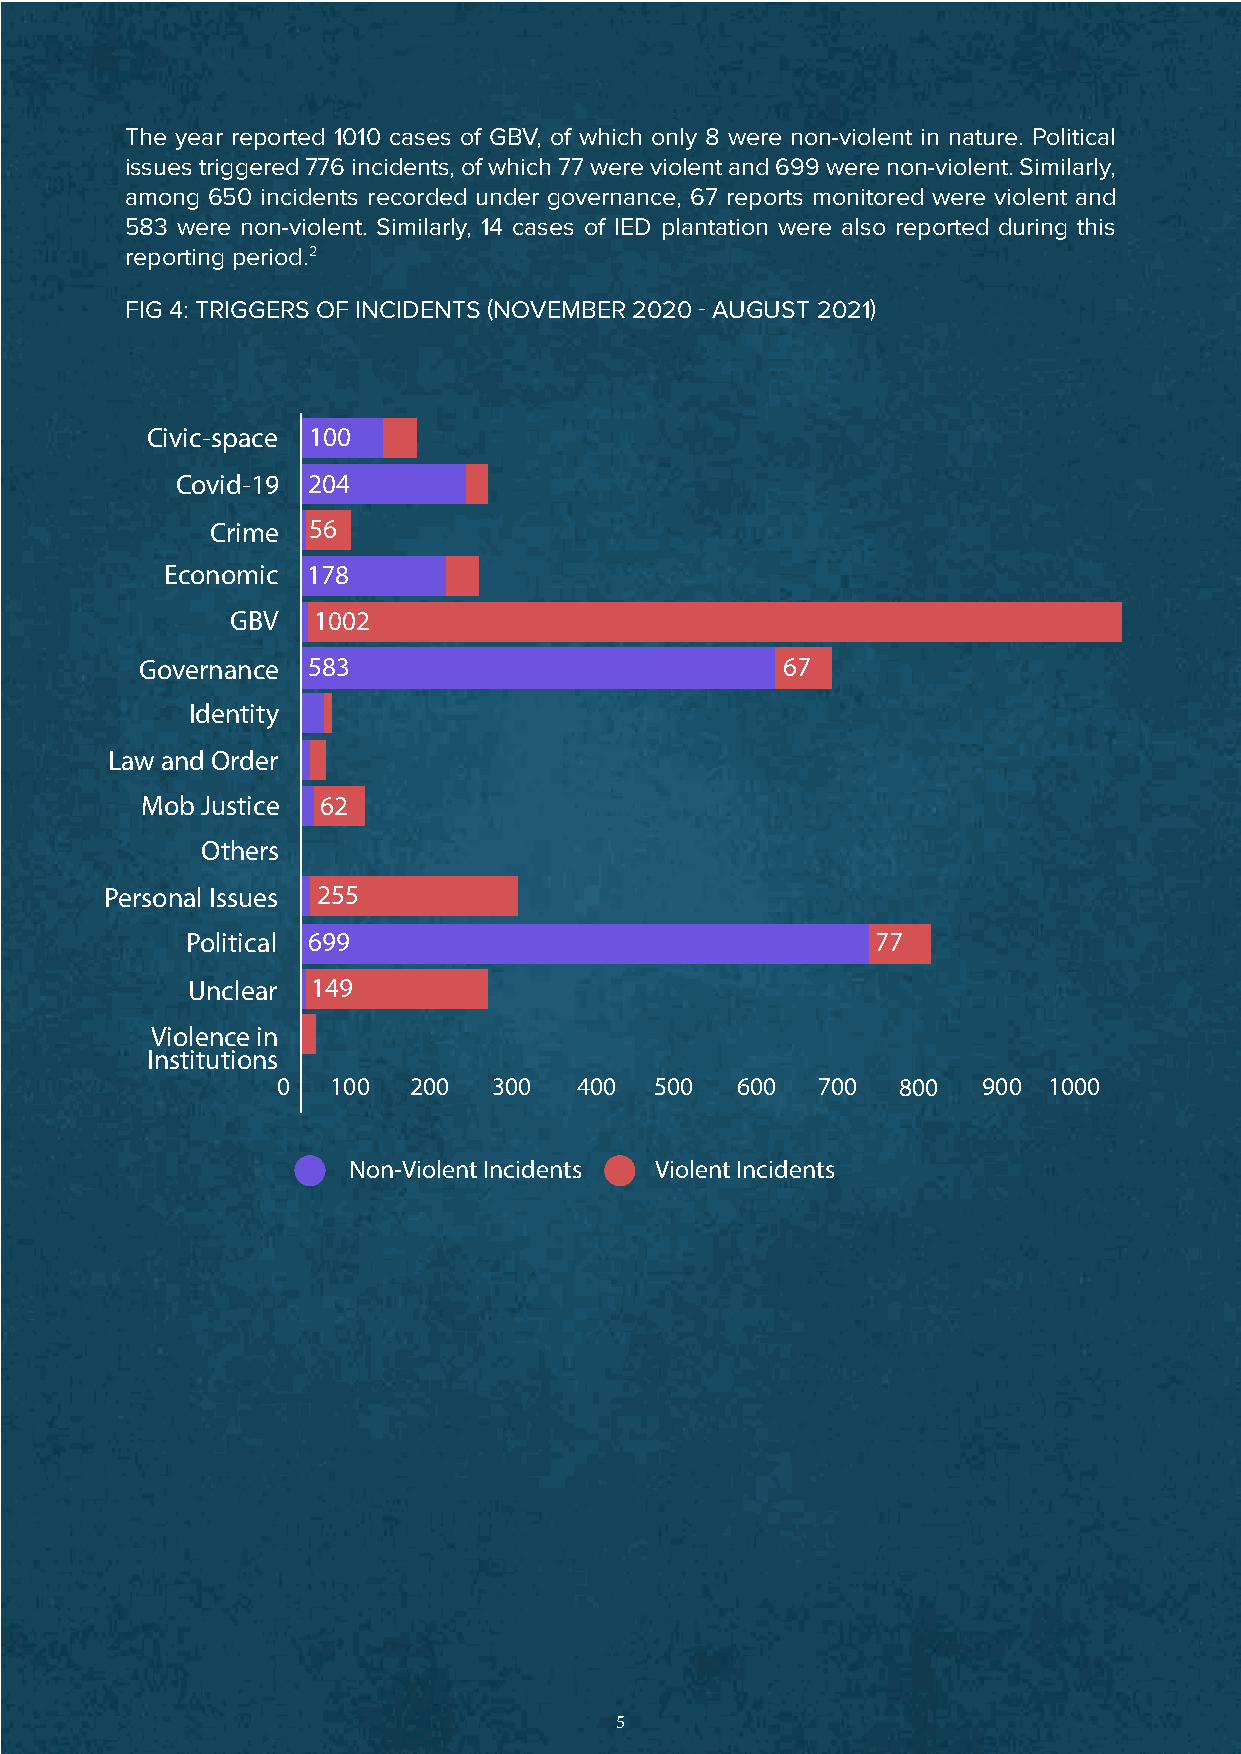
The year reported 1010 cases of GBV, of which only 8 were non-violent in nature. Political
 issues triggered 776 incidents, of which 77 were violent and 699 were non-violent. Similarly,
 among 650 incidents recorded under governance, 67 reports monitored were violent and
 583 were non-violent. Similarly, 14 cases of IED plantation were also reported during this
 reporting period.2
 FIG 4: TRIGGERS OF INCIDENTS (NOVEMBER 2020 - AUGUST 2021)
 Civic-space 100
 Covid-19 204
 Crime 56
 Economic 178
 GBV   1002
 Governance 583                             67
 Identity
 Law and Order
 Mob Justice 62
 Others
 Personal Issues 255
 Political 699                                 77
 Unclear  149
 Violence in
 Institutions
 0   100  200   300  400  500   600  700  800   900 1000
 Non-Violent Incidents Violent Incidents
 Violent Incidents
 5